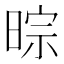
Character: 𣇼